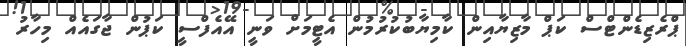
ޕްރެޒިޑެންޓްސް ކަޕް މާޒިޔާއިން ކާމިޔާބުކުރުމުން އެޓީމަށް ވަނީ އޭއެފްސީ ކަޕުން ޖާގައެއް މިހާރު